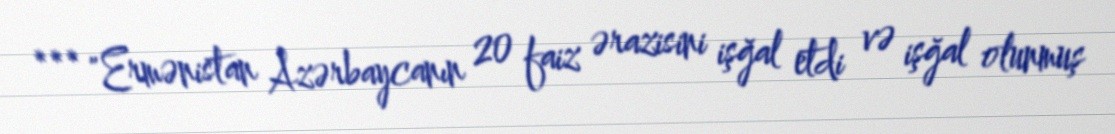
*** "Ermənistan Azərbaycanın 20 faiz ərazisini işğal etdi və işğal olunmuş